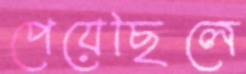
পেয়েছিলে